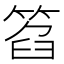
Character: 𥮛